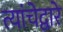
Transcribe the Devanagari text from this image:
त्यांचेद्वारे